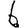
Digit: 6